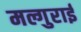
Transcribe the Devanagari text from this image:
मल्गुराई